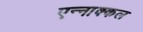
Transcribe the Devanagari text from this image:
एन्नाक्कल